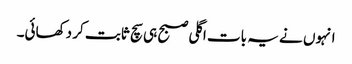
انہوں نے یہ بات اگلی صبح ہی سچ ثابت کر دکھائی۔